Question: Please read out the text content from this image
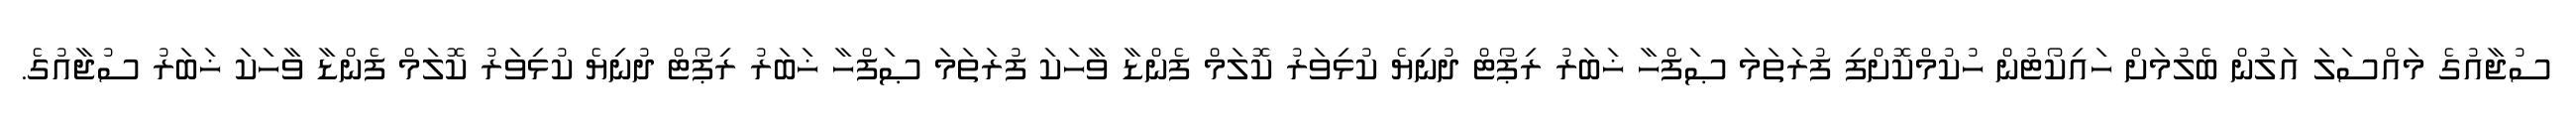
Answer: ސުޖާއުގެ މައްސަލަ އަލުން ބެލުމަށް ހައިކޯޓުން ހުކުމްކޮށްފި ފުރަތަމަ ޞަފްހާ ޚަބަރު ރިޕޯޓް ދުނިޔެ ކުޅިވަރު ކޮލަމް ފެންޑާ ވާހަކަ ފުރަތަމަ ޞަފްހާ ޚަބަރު ރިޕޯޓް ދުނިޔެ ކުޅިވަރު ކޮލަމް ފެންޑާ ވާހަކަ ޚަބަރު ސުޖާއުގެ.